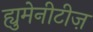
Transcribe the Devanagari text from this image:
ह्युमेनीटीज़